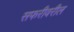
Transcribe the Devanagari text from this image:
सफरीवरील